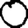
Digit: 0